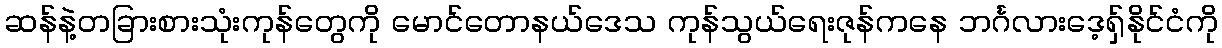
ဆန်နဲ့တခြားစားသုံးကုန်တွေကို မောင်တောနယ်ဒေသ ကုန်သွယ်ရေးဇုန်ကနေ ဘင်္ဂလားဒေ့ရှ်နိုင်ငံကို